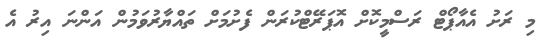
މި ރަށު އެއާޕޯޓް ރަސްމީކޮށް އޮޕަރޭޓްކުރަން ފެށުމަށް ތައްޔާރުވަމުން އަންނަ އިރު އެ